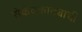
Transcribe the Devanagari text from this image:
सेकंदकाट्याची